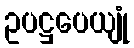
ဥပဋ္ဌပေယျုံ